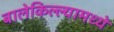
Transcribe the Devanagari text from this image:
बालेकिल्ल्यामध्ये